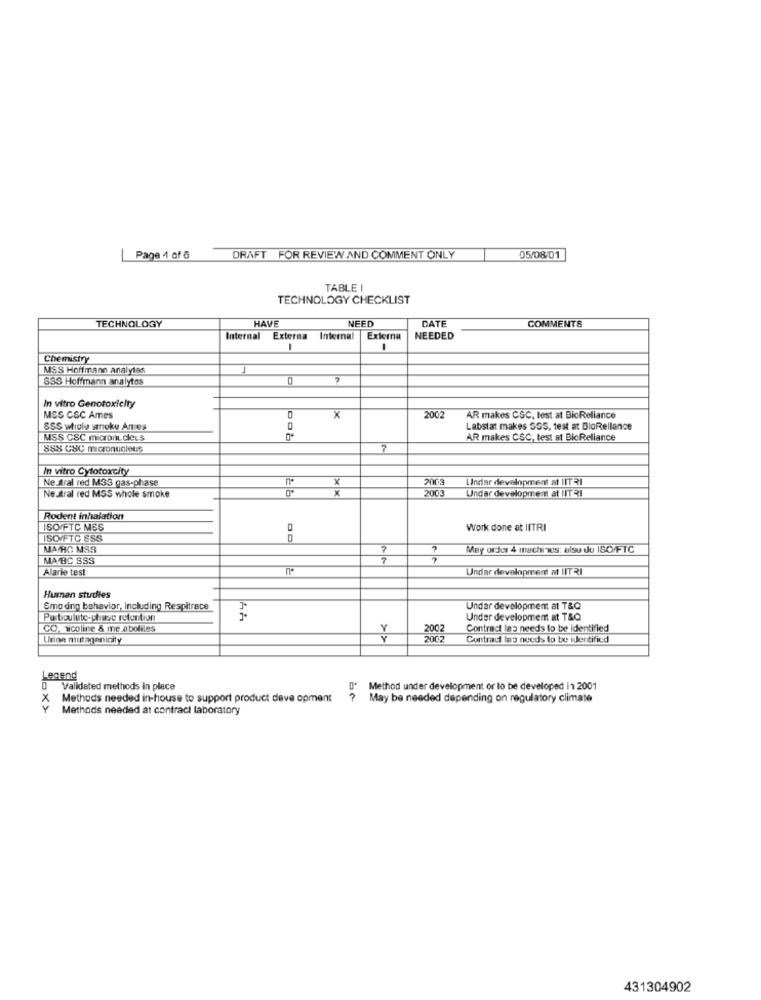
Page 1 of 6
DRAFT FOR REVIEW AND COMMENT ONLY
05/08/01
TABLE I
TECHNOLOGY CHECKLIST
HAVE
NEED
DATE
TECHNOLOGY
COMMENTS
Internal
Externa Internal
Externa
NEEDED
1
Chemistry
MSS Hoffmann analyles
855 Hoffmann analytes
0
In vitro Genotoxicity
MES CSC Ames
0
X
2002
AR makes CSC, test at BioReliance
SSS whole snoke Amtes
Labstat makes SGS, test at BloRellance
MSS CSC microm cieLs
AR makes CSC, lest st BioReliance
SSS CSC micronucleus
7
In vitro Cytotoxcity
Ne stral red M33 gas-phase
x
2003
Under development at IITRI
Neutral red MSS whole smoke
2003
Under development at IIT21
Rodent inhalation
SO/FTC MSS
Work done at IITRI
SOIFTO SSS
MARC MSS
7
May order 4 machines: also do 150/FTC
MAYBC SSS
7
Alario test
Undar development at IITR
Human studies
Smo ding behavior, including Respitrace
Under development at T&Q
Partioulete-phase retention
Under development at T&Q
CO, nicoline & me.aboliles
2002
Contract las needs to be identified
Urine mutageninity
>>
2002
Contract lag needs to be identified
Legend
Validated methods in place
Method under development or to be developed i1 2001
Methods needed in-house to support product deve opment
May be needed depending on regulatory climate
_ox>
Methods needed at contract laboratory
431304902